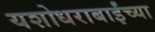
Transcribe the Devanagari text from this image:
यशोधराबाईंच्या